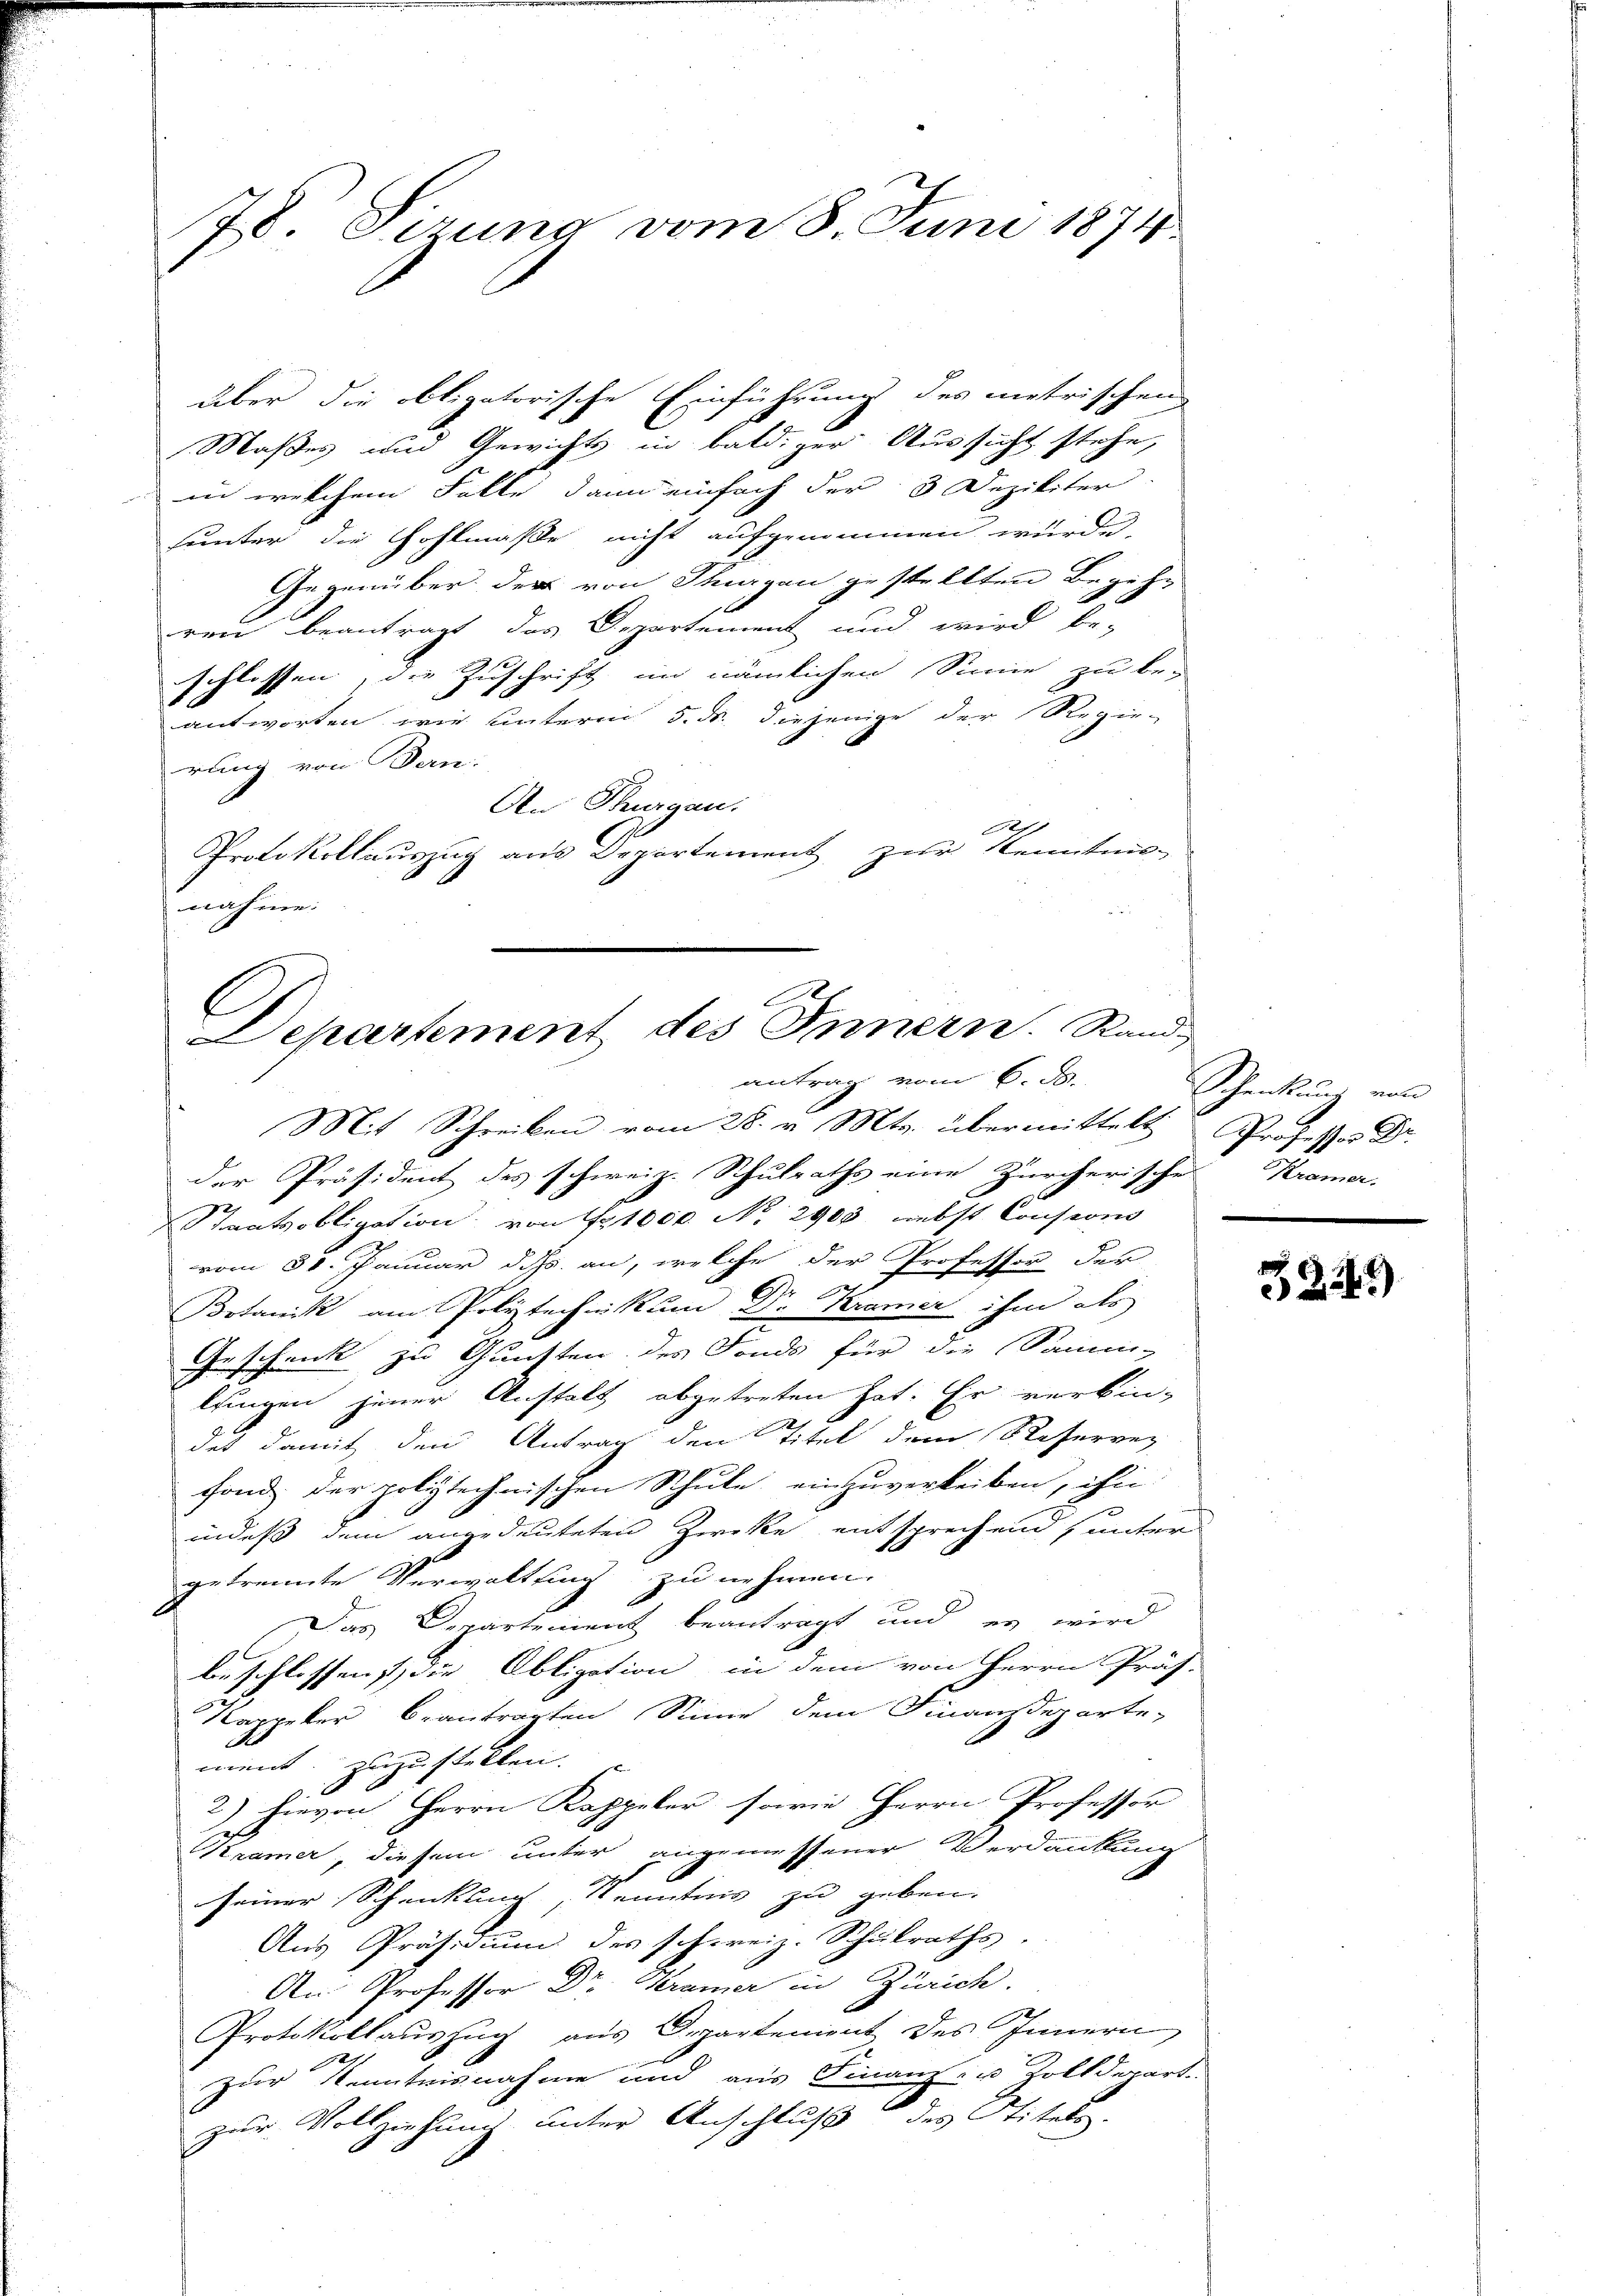
78 Sizung vom 8. Juni 1874

über die obligatorische Einführung des metrischen
Maßes und Gewichts in bald zur Aussicht stehe,
in welchem Falle dann einfach der 3 Dezikiter
sunter die Hohlmaße nicht aufgenommen würde.
Gegenüber der von Thurgau gestellten Begehr
ren beantragt das Departement und wird be-
schlossen, die Zuschrift im nämlichen Sinne zu be-
antworten wir unterm 5. ds. diejenige der Regie-
rung von Bern.
An Thurgau.
e
Protokollauszug aus Departement zur Kenntnis-
nahme:

l
Departement des Innern. Rand
antrag vom 6. d.

Mit Schreiben vom 28. v. Mts. übermittelt Professor Dr.
der Präsident des schweiz. Schulraths eine Zürcherische Krämer.
Staatsobligation von etc. No 2900 nebst Conserin
vom 31. Januar d. Js. an, welche der Professor der
Botanik am Polytechnikum Dr. Kramer ihm des
Geschenk zu Gunsten des Fonds für die Samm-
lringen jener Anstalt abgetreten hat. Er verbin-
des damit den Antrag den Titel dem Reservez
fond der poliztechnischen Schule einzuverleiben, ihn

indeß dem angedeuteten Zwecke entsprechend unter
getrennte Verwaltung zu nehmen.
Das Departement beantragt und es wird
beschlossens, die Obligation in dem von Herrn Präs.
Kappeker beantragten Sinne dem Finanzdeparte-
ment, zuzustellen.
2.
2) Hievon Herrn Kappeler sowie Herrn Professor
Kramer, diesem unter angemessener Verdankung
seiner Schenkung, Kenntnis zu geben.
Aus Präsidium des schweiz. Schulraths.
An Professor Dr. Geramer in Zürich.
Protokollauszug aus Departement des Innern
zur Kenntnisnahme und aus Finanz- u Zolldepart
zur Vollziehung unter Anschluß des Stitels.

3224)

Schenkung von
¬